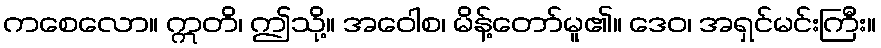
ကစေလော။ ဣတိ၊ ဤသို့။ အဝေါစ၊ မိန့်တော်မူ၏။ ဒေဝ၊ အရှင်မင်းကြီး။